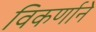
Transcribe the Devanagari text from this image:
विकर्णाने